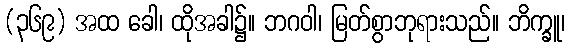
(၃၆၉) အထ ခေါ၊ ထိုအခါ၌။ ဘဂဝါ၊ မြတ်စွာဘုရားသည်။ ဘိက္ခူ၊